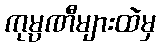
ကုမ္ပဏီများထဲမှ